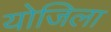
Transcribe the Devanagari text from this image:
योजिला